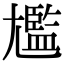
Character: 尷